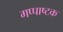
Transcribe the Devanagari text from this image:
गप्पाष्टक